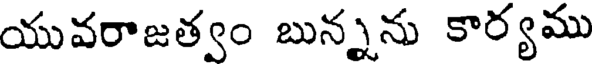
యువరాజత్వం బున్నను కార్యము